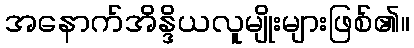
အနောက်အိန္ဒိယလူမျိုးများဖြစ်၏။